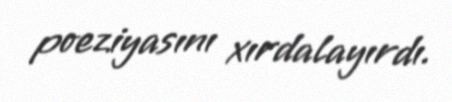
poeziyasını xırdalayırdı.